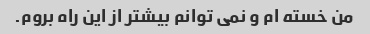
من خسته ام و نمی توانم بیشتر از این راه بروم.